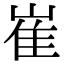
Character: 崔